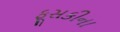
ફૂસકીના